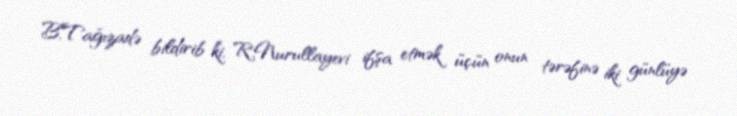
B.Tağızadə bildirib ki, R.Nurullayevi ifşa etmək üçün onun tərəfinə iki günlüyə